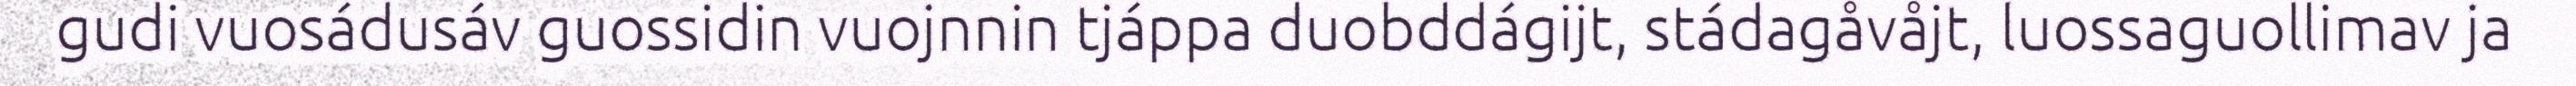
gudi vuosádusáv guossidin vuojnnin tjáppa duobddágijt, stádagåvåjt, luossaguollimav ja